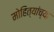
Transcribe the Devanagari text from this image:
मोहित्यांच्या